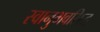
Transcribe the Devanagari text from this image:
स्वानुभवसिद्ध